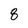
Character: 8